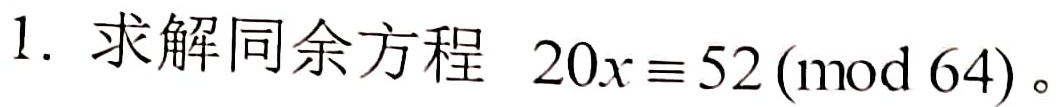
1. 求解同余方程 \(20x\equiv 52\pmod{64}\)。